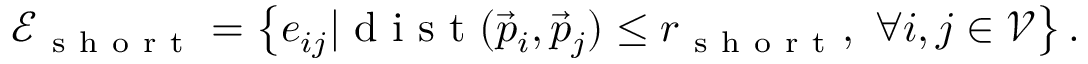
\mathcal { E } _ { \mathrm { ~ s ~ h ~ o ~ r ~ t ~ } } = \left\{ e _ { i j } | \mathrm { ~ d ~ i ~ s ~ t ~ } ( \vec { p } _ { i } , \vec { p } _ { j } ) \leq r _ { \mathrm { ~ s ~ h ~ o ~ r ~ t ~ } } , \ \forall i , j \in \mathcal { V } \right\} .